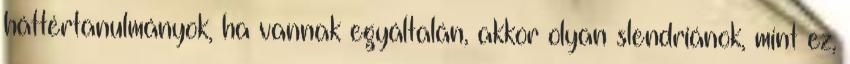
háttértanulmányok, ha vannak egyáltalán, akkor olyan slendriánok, mint ez,